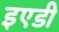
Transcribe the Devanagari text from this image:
इएडी